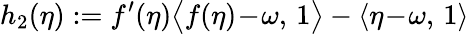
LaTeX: h_{2}(\eta):=f^{\prime}(\eta)\big\langle f(\eta)\! -\! \omega,\, 1\big\rangle-\langle\eta\! -\! \omega,\, 1\rangle